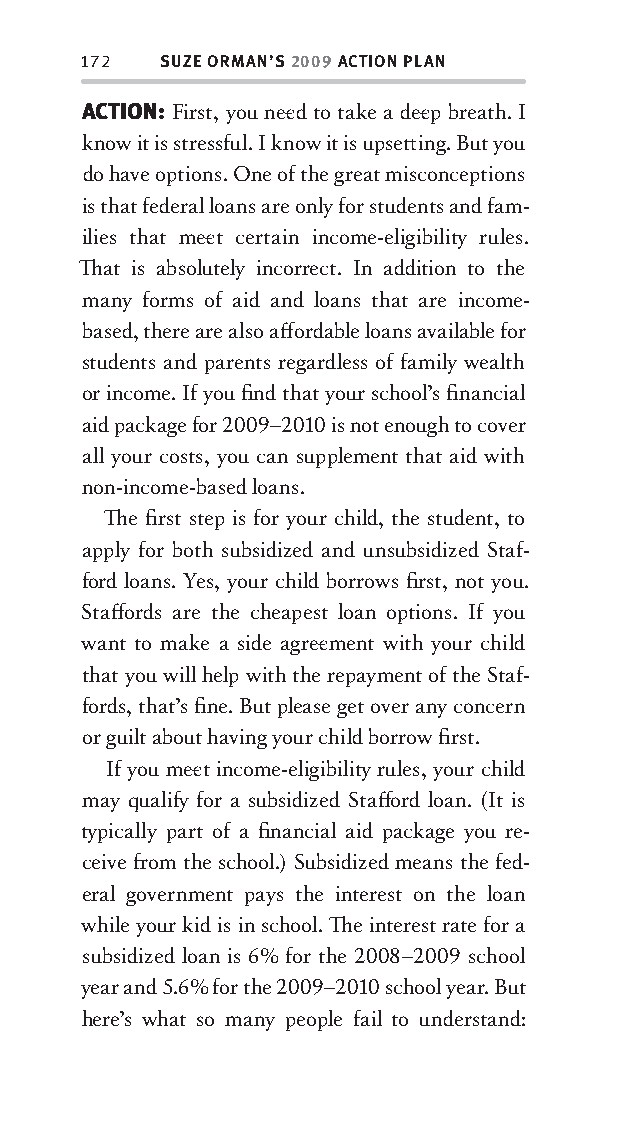
172  SUZE ORMAN’S 2009 ACTION PLAN
 ACTION: First, you nee d to take a dee p breath. I
 know it is stressful. I know it is upsett ing. But you
 do have options. One of the great misconceptions
 is that federal loans are only for students and fam-
 ilies that mee t certain income-eligibility rules.
 Th at is absolutely incorrect. In addition to the
 many forms of aid and loans that are income-
 based, there are also aff ordable loans available for
 students and parents regardless of family wealth
 or income. If you fi nd that your school’s fi nancial
 aid package for 2009–2010 is not enough to cover
 all your costs, you can supplement that aid with
 non-income-based loans.
 Th e fi rst step is for your child, the student, to
 apply for both subsidized and unsubsidized Staf-
 ford loans. Yes, your child borrows fi rst, not you.
 Staff ords are the cheapest loan options. If you
 want to make a side agree ment with your child
 that you will help with the repayment of the Staf-
 fords, that’s fi ne. But please get over any concern
 or guilt about having your child borrow fi rst.
 If you mee t income-eligibility rules, your child
 may qualify for a subsidized Staff ord loan. (It is
 ty pically part of a fi nancial aid package you re-
 ceive fr om the school.) Subsidized means the fed-
 eral government pays the interest on the loan
 while your kid is in school. Th e interest rate for a
 subsidized loan is 6% for the 2008–2009 school
 year and 5.6% for the 2009–2010 school year. But
 here’s what so many people fail to understand:
 OOrrmmaa__99778800338855553300993344__44pp__aallll__rr11..iinndddd 117722 1122//33//0088 99::3311::3355 AAMM